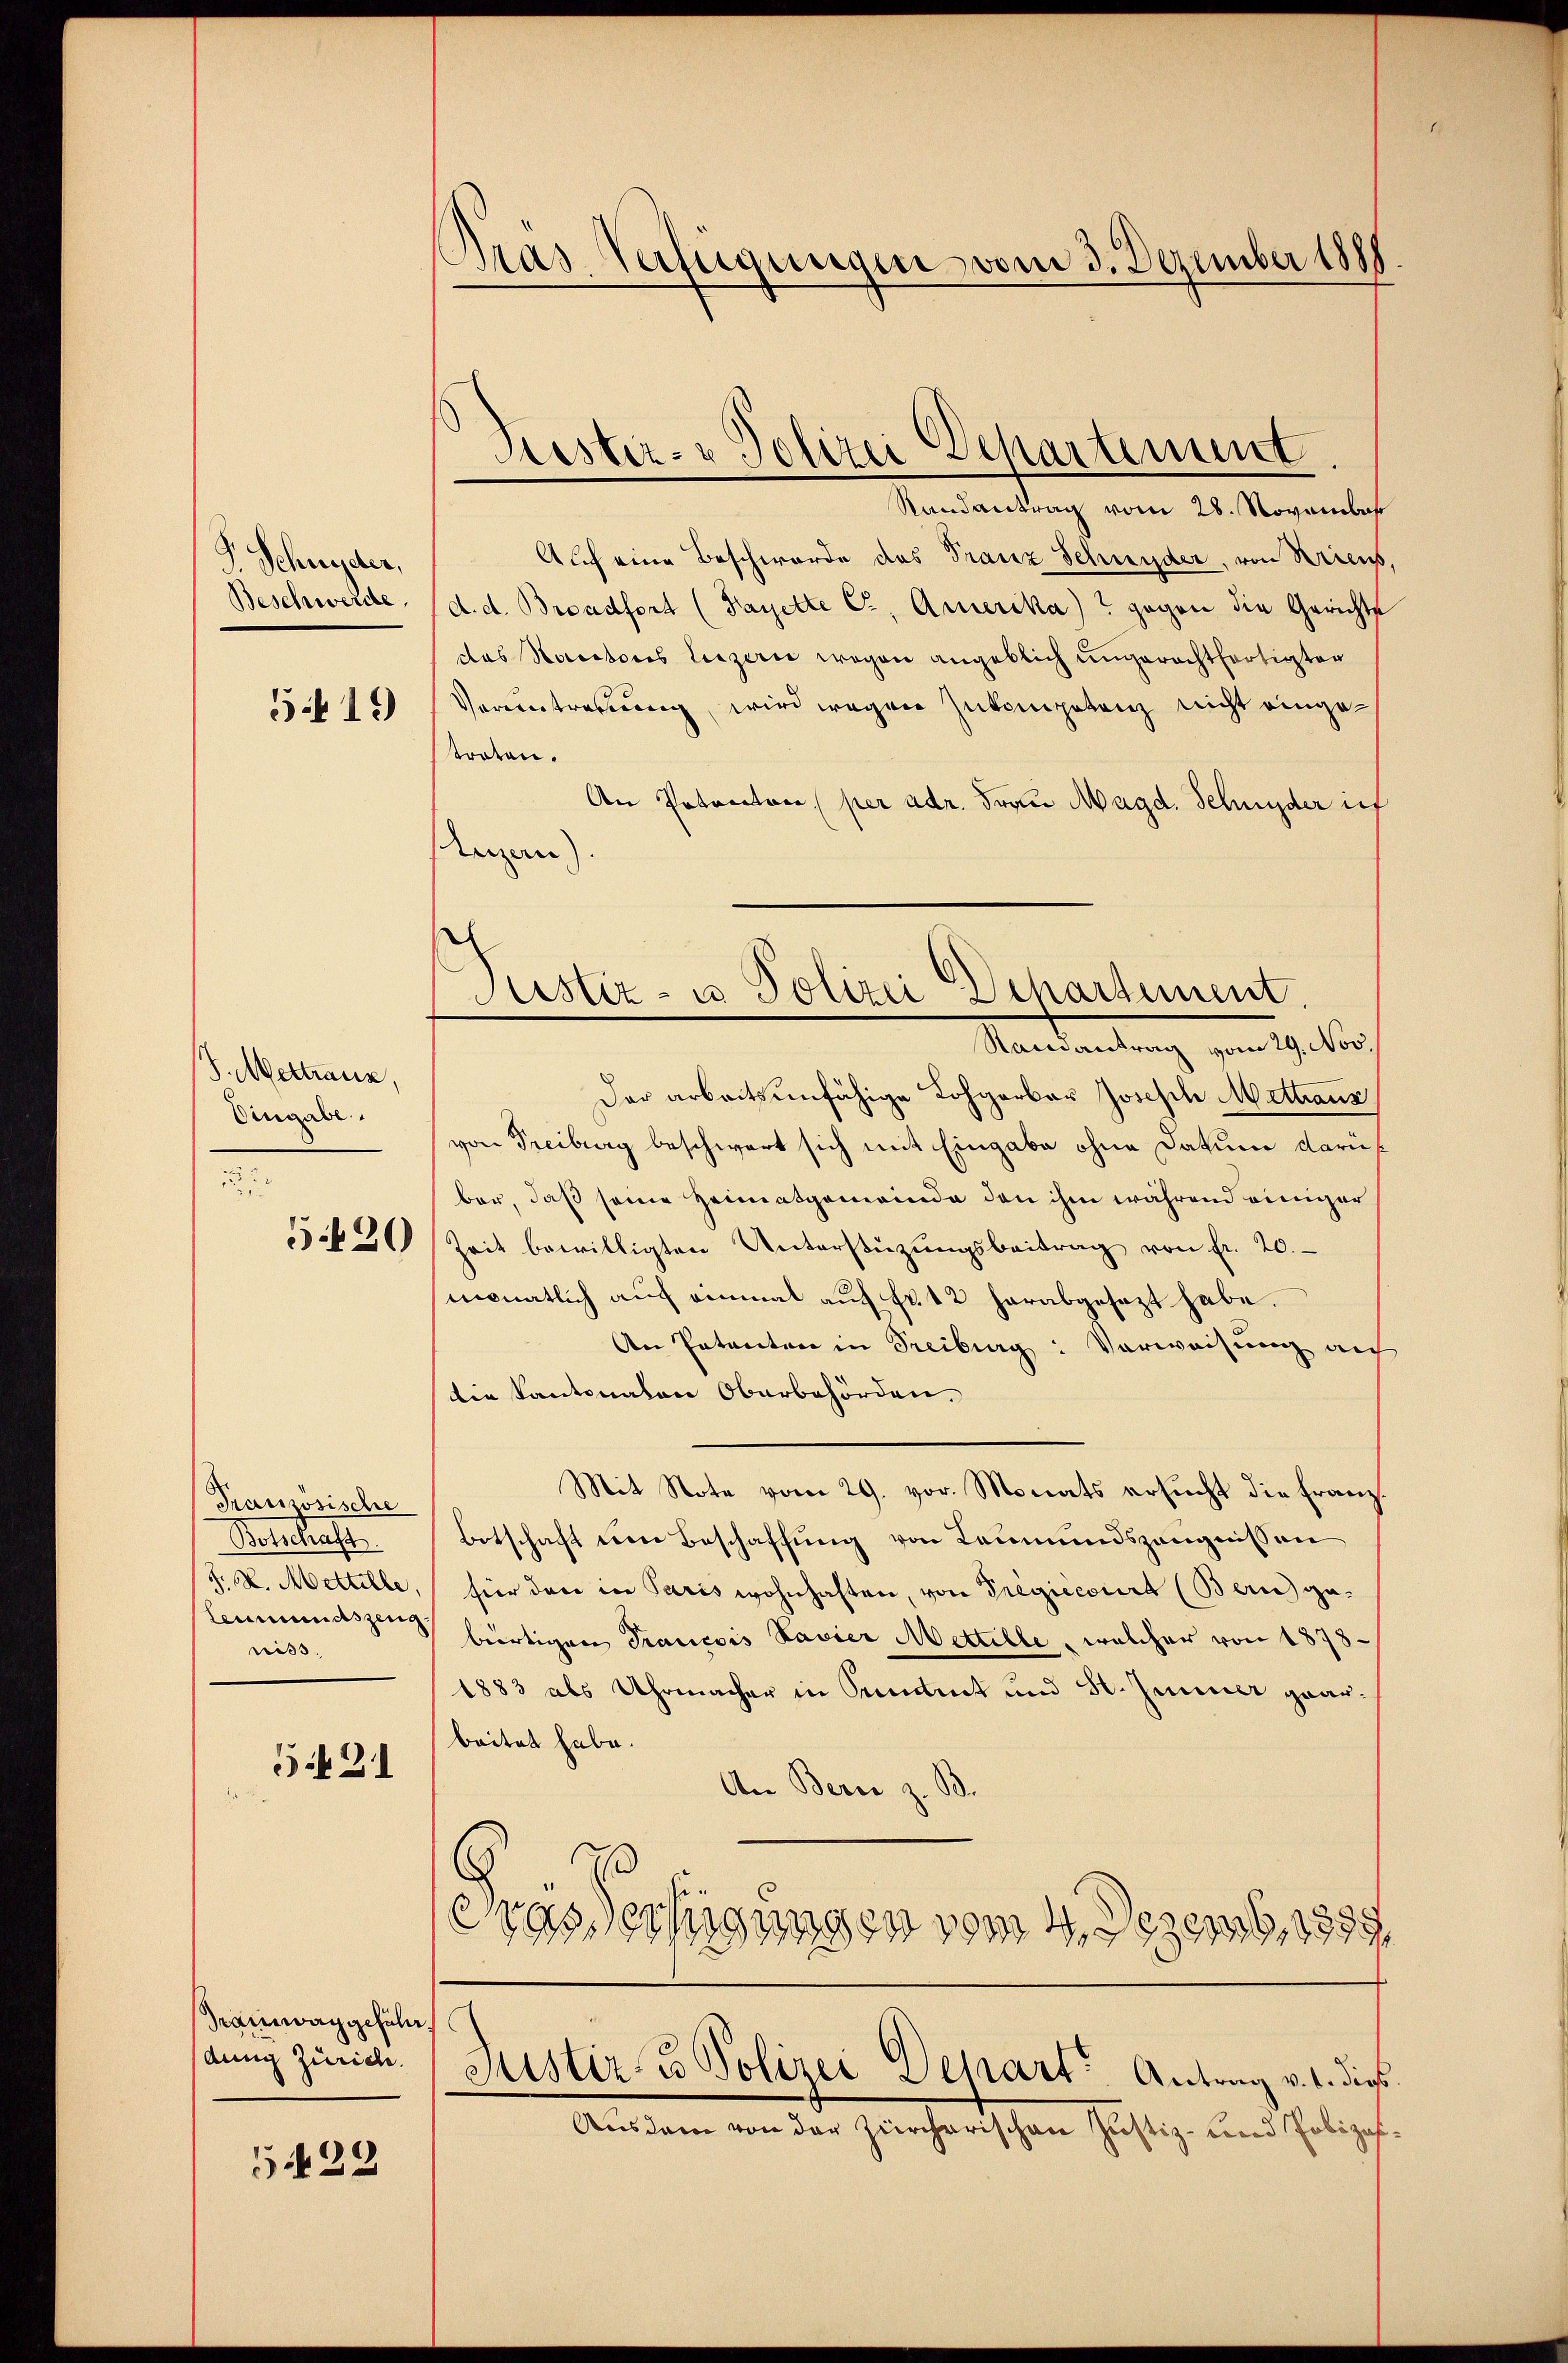
P. Schnyder,
Beschwerde.
519

J. Mettrauz
Eingabe.
I

5.20

Französische
Setelhaft
J. M. Mettelle
leimundszeugriss.

5431

sramwaggefäll
dung Zürich.

5429

Bras Verfügungen vom 3. Dezember 1889

Kester- & Polizei Departement

Justiz- u Polizei Departement
Randantrag vom 29. Nov.

Randantrag vom 28. November
Auch eine Beschwerde des Franz Schnyder, von Kriens,
d. d. Broadfort (Fayette C., Armerika)? gegen die Gerichte
das Nacetors Luzerne wegen angeblich ungerechtfertigten
Vorvertretung, wird wegen Zukompetenz nicht eingetraten.
An Potenton per adr. Frau Magd. Schnyder ref
Unzan).
Der arbeitsunfähige Lohgarber Joseph Mettaus
von Freiburg beschwert sich mit Eingabe ohne Datum darüf
bar, daß seine Heimatgemeinde den ihm während einiger
Zeit bewilligten Unterstützŭngsbeitrag von fr. 20.
monatlich auf einmal auf Fr. 42 herabgesezt habe.
An Entanten in Treiburg: Verweisung aus
die Kantonalen Oberbehörden.
Mit Note vom 29. vor. Monats ersucht die Franz¬
Botschaft den Beschaffung von Leumundszeugnissen
fier den in Paris wohnhaften, von Pregicesirt (Bern gebürtigen Trancois Favier Mettelle, welcher von 1878
1883 als Uhrmacher in Sentirt und H. Immer gearbeitet habe.
An Berie z. B.
Fras Fertigungen vom 4. Dezemb. 1899
Justiz & Polizei Depart Antrag v. 1. dies
Ausdem von der zürcherischen Justiz- und Polizis